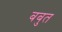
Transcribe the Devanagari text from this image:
बबुत